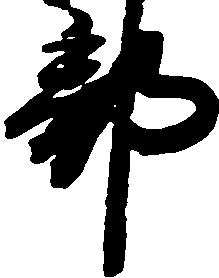
部